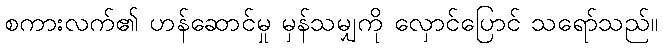
စကားလက်၏ ဟန်ဆောင်မှု မှန်သမျှကို လှောင်ပြောင် သရော်သည်။